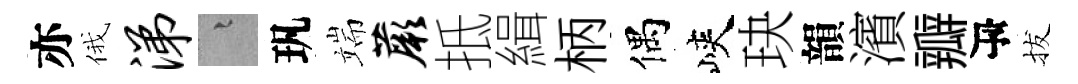
亦俄涕融㺬端蕨抵緝柄偶峽玦韻濱瓣瓴拔